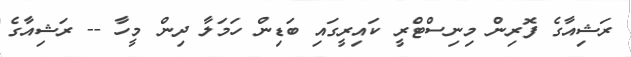
ރަޝިއާގެ ފޮރިން މިނިސްޓްރީ ކައިރީގައި ބަޑިން ހަމަލާ ދިން މީހާ -- ރަޝިއާގެ